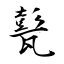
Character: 甏